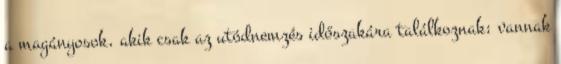
a magányosok, akik csak az utódnemzés időszakára találkoznak; vannak